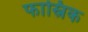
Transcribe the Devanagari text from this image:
फास्निक